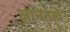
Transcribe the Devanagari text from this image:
ज्ञानतत्व